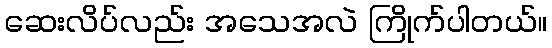
ဆေးလိပ်လည်း အသေအလဲ ကြိုက်ပါတယ်။